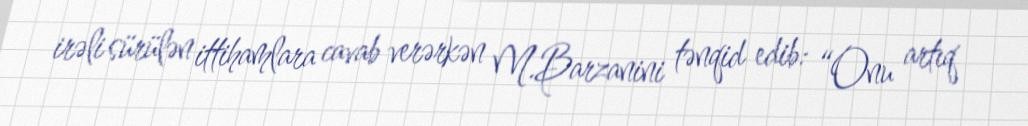
irəli sürülən ittihamlara cavab verərkən M.Barzanini tənqid edib: “Onu artıq